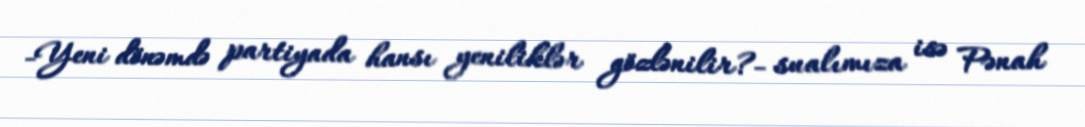
-Yeni dönəmdə partiyada hansı yeniliklər gözlənilir?- sualımıza isə Pənah